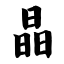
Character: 晶